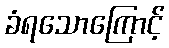
ခံရသောကြောင့်